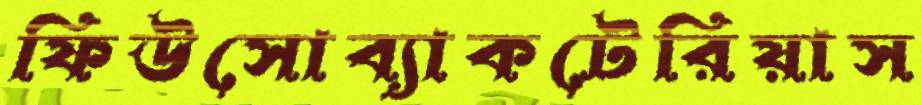
ফিউসোব্যাকটেরিয়াস